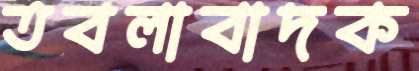
তবলাবাদক